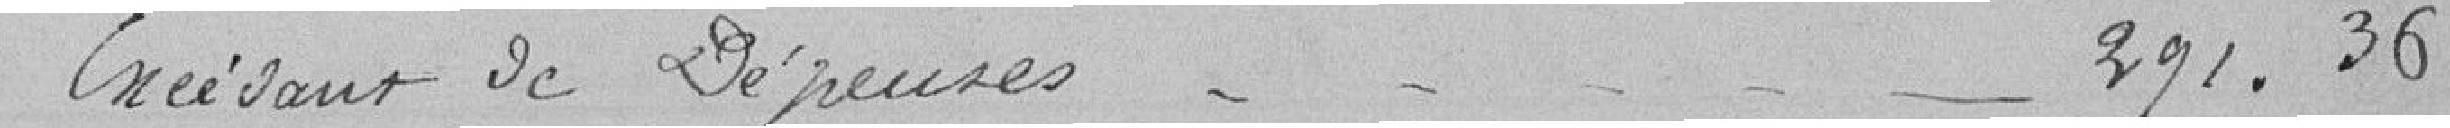
Excédent de Dépenses          291.36